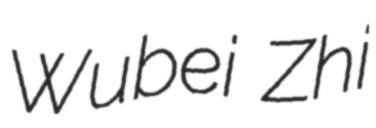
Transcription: Wubei Zhi